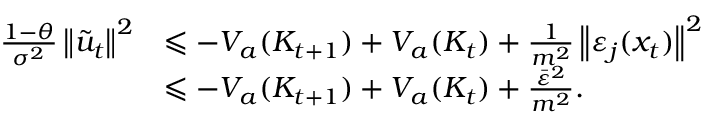
\begin{array} { r l } { \frac { 1 - \theta } { \sigma ^ { 2 } } \left\| \tilde { u } _ { t } \right\| ^ { 2 } } & { \leqslant - V _ { a } ( K _ { t + 1 } ) + V _ { a } ( K _ { t } ) + \frac { 1 } { m ^ { 2 } } \left\| \varepsilon _ { j } ( x _ { t } ) \right\| ^ { 2 } } \\ & { \leqslant - V _ { a } ( K _ { t + 1 } ) + V _ { a } ( K _ { t } ) + \frac { \bar { \varepsilon } ^ { 2 } } { m ^ { 2 } } . } \end{array}